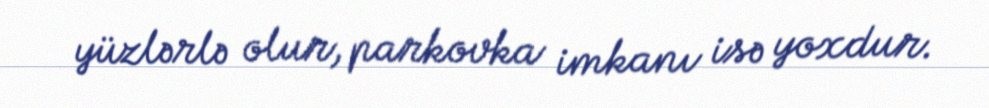
yüzlərlə olur, parkovka imkanı isə yoxdur.